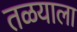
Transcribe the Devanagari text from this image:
तळयाला